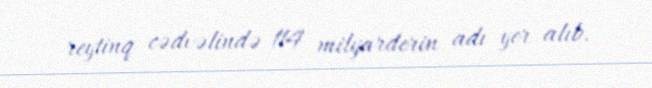
reytinq cədvəlində 114 milyarderin adı yer alıb.